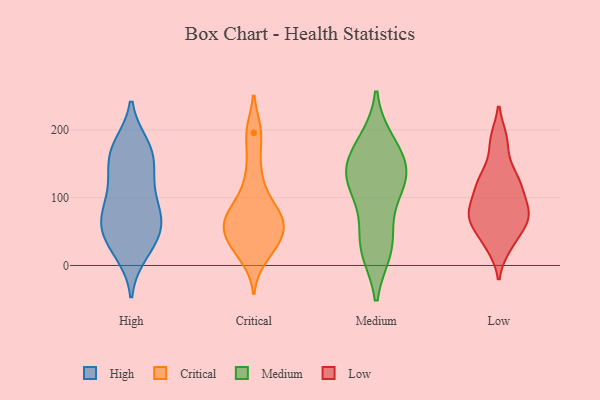
{"axis": {"x": "Revenue (USD Million)", "y": "Value"}, "legend": ["Critical", "High", "Low", "Medium"], "data": [{"x": "", "y": 18, "type": "High"}, {"x": "", "y": 37, "type": "High"}, {"x": "", "y": 129, "type": "High"}, {"x": "", "y": 61, "type": "High"}, {"x": "", "y": 83, "type": "High"}, {"x": "", "y": 70, "type": "High"}, {"x": "", "y": 163, "type": "High"}, {"x": "", "y": 74, "type": "High"}, {"x": "", "y": 177, "type": "High"}, {"x": "", "y": 153, "type": "High"}, {"x": "", "y": 45, "type": "High"}, {"x": "", "y": 77, "type": "High"}, {"x": "", "y": 53, "type": "High"}, {"x": "", "y": 171, "type": "High"}, {"x": "", "y": 22, "type": "High"}, {"x": "", "y": 115, "type": "High"}, {"x": "", "y": 120, "type": "High"}, {"x": "", "y": 174, "type": "High"}, {"x": "", "y": 13, "type": "Critical"}, {"x": "", "y": 54, "type": "Critical"}, {"x": "", "y": 119, "type": "Critical"}, {"x": "", "y": 38, "type": "Critical"}, {"x": "", "y": 88, "type": "Critical"}, {"x": "", "y": 145, "type": "Critical"}, {"x": "", "y": 196, "type": "Critical"}, {"x": "", "y": 78, "type": "Critical"}, {"x": "", "y": 24, "type": "Critical"}, {"x": "", "y": 67, "type": "Critical"}, {"x": "", "y": 29, "type": "Critical"}, {"x": "", "y": 48, "type": "Critical"}, {"x": "", "y": 58, "type": "Critical"}, {"x": "", "y": 81, "type": "Critical"}, {"x": "", "y": 195, "type": "Critical"}, {"x": "", "y": 64, "type": "Critical"}, {"x": "", "y": 153, "type": "Medium"}, {"x": "", "y": 28, "type": "Medium"}, {"x": "", "y": 134, "type": "Medium"}, {"x": "", "y": 89, "type": "Medium"}, {"x": "", "y": 33, "type": "Medium"}, {"x": "", "y": 175, "type": "Medium"}, {"x": "", "y": 127, "type": "Medium"}, {"x": "", "y": 125, "type": "Medium"}, {"x": "", "y": 24, "type": "Medium"}, {"x": "", "y": 132, "type": "Medium"}, {"x": "", "y": 181, "type": "Medium"}, {"x": "", "y": 64, "type": "Low"}, {"x": "", "y": 30, "type": "Low"}, {"x": "", "y": 91, "type": "Low"}, {"x": "", "y": 71, "type": "Low"}, {"x": "", "y": 74, "type": "Low"}, {"x": "", "y": 122, "type": "Low"}, {"x": "", "y": 73, "type": "Low"}, {"x": "", "y": 121, "type": "Low"}, {"x": "", "y": 70, "type": "Low"}, {"x": "", "y": 112, "type": "Low"}, {"x": "", "y": 143, "type": "Low"}, {"x": "", "y": 125, "type": "Low"}, {"x": "", "y": 28, "type": "Low"}, {"x": "", "y": 185, "type": "Low"}, {"x": "", "y": 86, "type": "Low"}, {"x": "", "y": 49, "type": "Low"}, {"x": "", "y": 186, "type": "Low"}]}